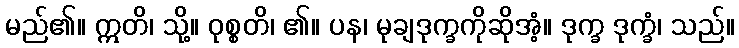
မည်၏။ ဣတိ၊ သို့။ ဝုစ္စတိ၊ ၏။ ပန၊ မုချဒုက္ခကိုဆိုအံ့။ ဒုက္ခ ဒုက္ခံ၊ သည်။